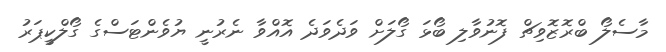
މާސެލޯ ބްރޮޒޮވިޗް ފޮނުވާލި ބޯޅަ ގޯލަށް ވަދެވަދެ އޮއްވާ ނެރުނީ ޔުވެންޓަސްގެ ގޯލްކީޕަރު